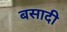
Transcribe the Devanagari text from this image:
बसादी